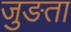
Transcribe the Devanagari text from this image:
जुङता